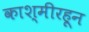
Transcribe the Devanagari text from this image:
काश्मीरहून